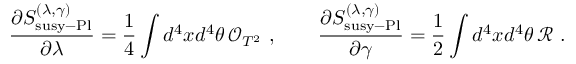
\frac { \partial S _ { \mathrm { s u s y - P l } } ^ { ( \lambda , \gamma ) } } { \partial \lambda } = \frac { 1 } { 4 } \int d ^ { 4 } x d ^ { 4 } \theta \, \mathcal { O } _ { T ^ { 2 } } ~ , \qquad \frac { \partial S _ { \mathrm { s u s y - P l } } ^ { ( \lambda , \gamma ) } } { \partial \gamma } = \frac { 1 } { 2 } \int d ^ { 4 } x d ^ { 4 } \theta \, \mathcal R ~ .